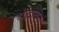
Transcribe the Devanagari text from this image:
श्रद्धायुक्तः